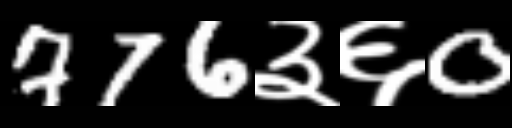
Text: 776३६0